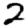
Digit: 2